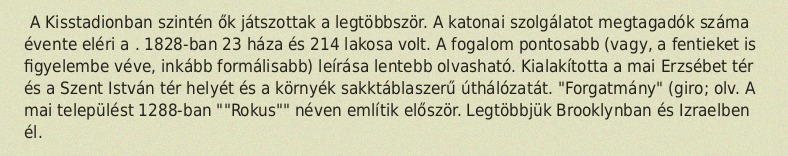
A Kisstadionban szintén ők játszottak a legtöbbször. A katonai szolgálatot megtagadók száma évente eléri a . 1828-ban 23 háza és 214 lakosa volt. A fogalom pontosabb (vagy, a fentieket is figyelembe véve, inkább formálisabb) leírása lentebb olvasható. Kialakította a mai Erzsébet tér és a Szent István tér helyét és a környék sakktáblaszerű úthálózatát. "Forgatmány" (giro; olv. A mai települést 1288-ban ""Rokus"" néven említik először. Legtöbbjük Brooklynban és Izraelben él.